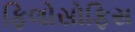
ફિલોસોફિસ